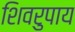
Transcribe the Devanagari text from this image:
शिवरुपाय